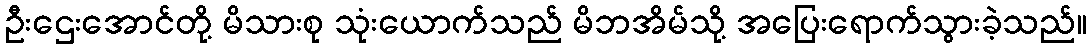
ဦးဌေးအောင်တို့ မိသားစု သုံးယောက်သည် မိဘအိမ်သို့ အပြေးရောက်သွားခဲ့သည်။